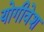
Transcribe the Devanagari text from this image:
योगीवेश